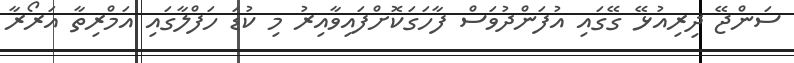
ސަންޖޭ ދިރިއުޅޭ ގޭގައި އުފަންދުވަސް ފާހަގަކޮށްފައިވާއިރު މި ކުޑަ ހަފްލާގައި އަމްރިތާ އަރޯރާ